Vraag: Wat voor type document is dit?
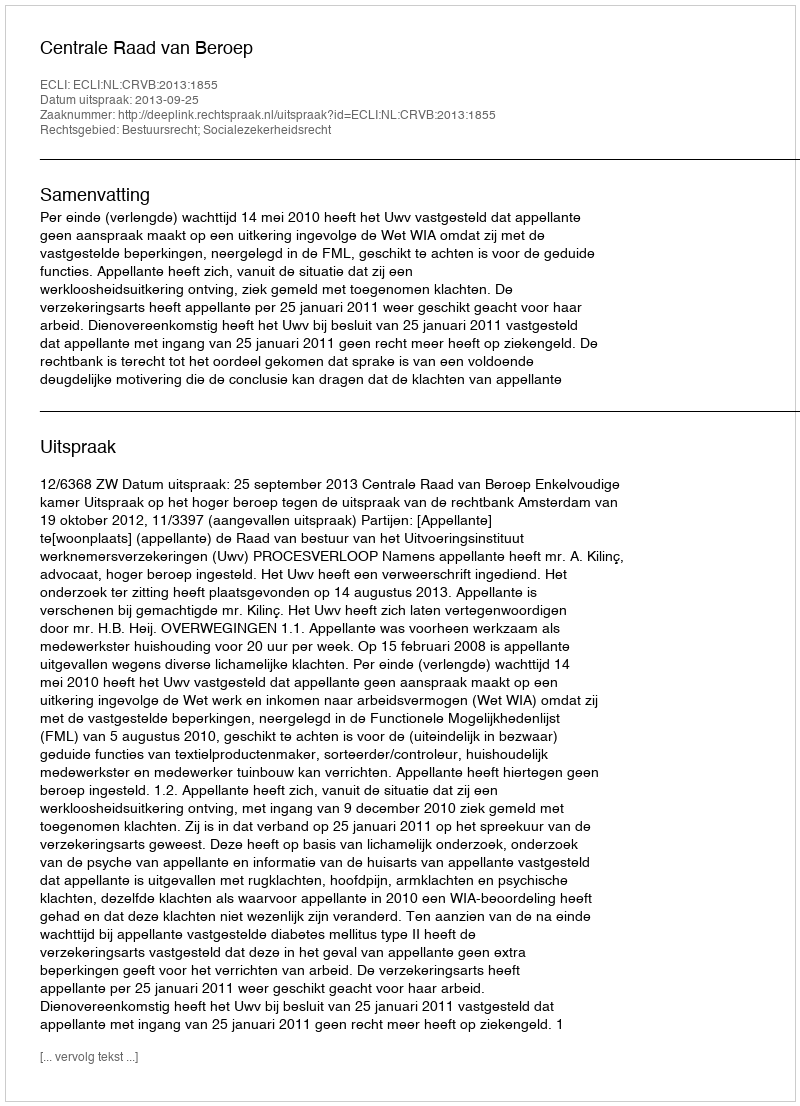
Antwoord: Uitspraak